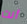
أنت